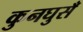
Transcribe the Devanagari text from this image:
कुनघुसँ